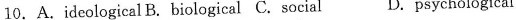
10.A.ideological B.biological C.social D.psychological